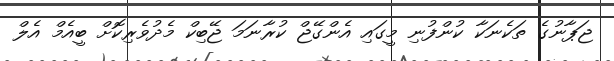
ޖަޕާނުގެ ތަކެނަކާ ކުންފުނި މީގައި އެންގޭޖް ކުރާނަމަ ޖޭބިކް މެދުވެރިކޮށް ބީއެމް އެލް